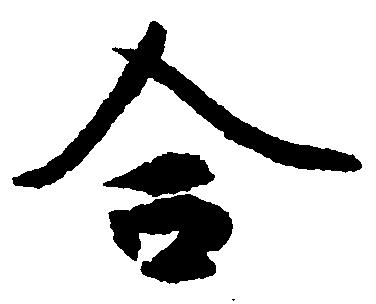
合